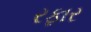
રફાર